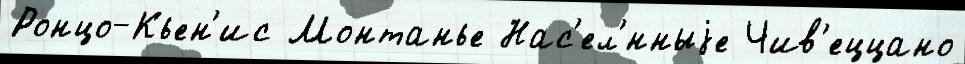
Ронцо-Кьен'ис Монтанье Нас'ел'́нныjе Чив'еццано